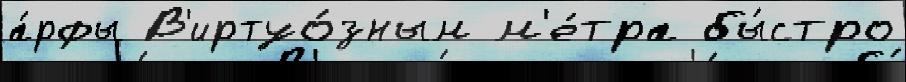
а́рфы В'иртуо́зным м'е́тра бы́стро